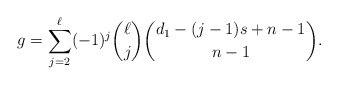
\begin{align*}g=\sum_{j=2}^\ell (-1)^j \binom{\ell}{j} \binom{d_1 - (j-1)s + n-1}{n-1}.\end{align*}